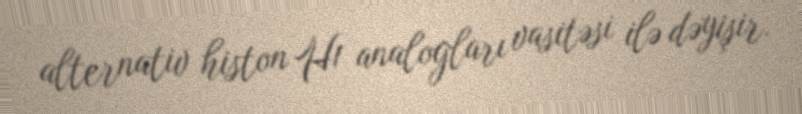
alternativ histon H1 analogları vasitəsi ilə dəyişir.